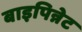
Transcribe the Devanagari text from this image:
बाइपिन्नेट